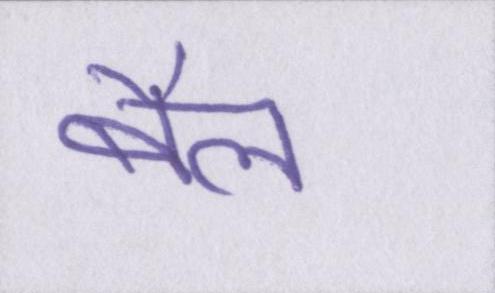
बैल